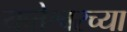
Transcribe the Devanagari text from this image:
यव्तेश्वरच्या